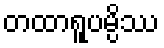
တထာရူပမ္ပိဿ